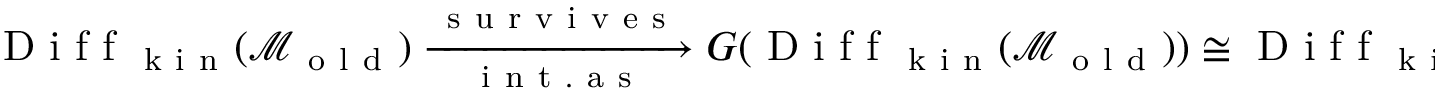
\begin{array} { r } { \mathrm { ~ D ~ i ~ f ~ f ~ } _ { \mathrm { ~ k ~ i ~ n ~ } } ( \mathcal { M } _ { \mathrm { ~ o ~ l ~ d ~ } } ) \xrightarrow [ \mathrm { ~ i ~ n ~ t ~ . ~ a ~ s ~ } ] { \mathrm { ~ s ~ u ~ r ~ v ~ i ~ v ~ e ~ s ~ } } G ( \mathrm { ~ D ~ i ~ f ~ f ~ } _ { \mathrm { ~ k ~ i ~ n ~ } } ( \mathcal { M } _ { \mathrm { ~ o ~ l ~ d ~ } } ) ) \cong \mathrm { ~ D ~ i ~ f ~ f ~ } _ { \mathrm { ~ k ~ i ~ n ~ } } ( \mathcal { M } _ { \mathrm { ~ o ~ l ~ d ~ } } ) / H _ { \mathrm { ~ k ~ i ~ n ~ } } . } \end{array}